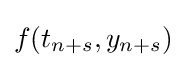
f(t_{n+s},y_{n+s})